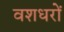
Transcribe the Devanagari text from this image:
वशधरों